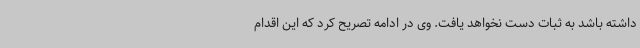
داشته باشد به ثبات دست نخواهد یافت. وی در ادامه تصریح کرد که این اقدام